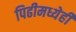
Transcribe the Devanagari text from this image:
पिढीमध्येही